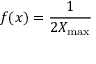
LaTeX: f ( x ) = { \frac { 1 } { 2 X _ { \operatorname* { m a x } } } }